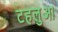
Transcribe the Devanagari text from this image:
टहलुआ